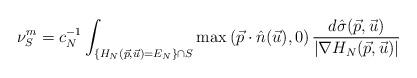
LaTeX: \begin{align*} \nu_S^m = c_N^{-1}\int_{\{H_N(\vec p, \vec u)=E_N\}\cap S} \max\left( \vec p \cdot \hat n(\vec u) ,0\right) \frac{d\hat{\sigma}(\vec p, \vec u)}{|\nabla H_N(\vec p, \vec u)|} \end{align*}